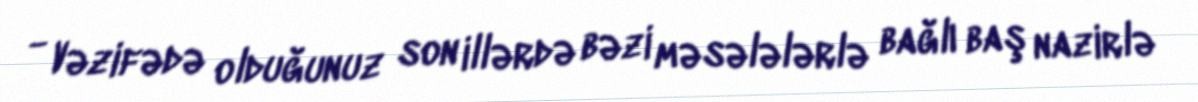
- Vəzifədə olduğunuz son illərdə bəzi məsələlərlə bağlı baş nazirlə